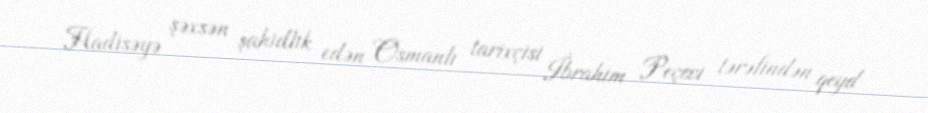
Hadisəyə şəxsən şahidlik edən Osmanlı tarixçisi İbrahim Peçevi tərəfindən qeyd